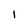
Character: I